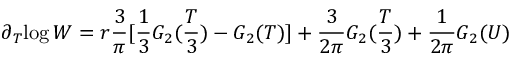
\partial _ { T } { \log \cal W } = r \frac { 3 } { \pi } [ \frac { 1 } { 3 } G _ { 2 } ( \frac { T } { 3 } ) - G _ { 2 } ( T ) ] + \frac { 3 } { 2 \pi } G _ { 2 } ( \frac { T } { 3 } ) + \frac { 1 } { 2 \pi } G _ { 2 } ( U )